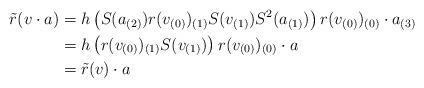
LaTeX: \begin{align*} \tilde{r}(v \cdot a) & = h\left(S(a_{(2)})r(v_{(0)})_{(1)}S(v_{(1)})S^2(a_{(1)})\right)r(v_{(0)})_{(0)} \cdot a_{(3)} \\& = h\left(r(v_{(0)})_{(1)}S(v_{(1)})\right)r(v_{(0)})_{(0)} \cdot a \\&= \tilde{r}(v) \cdot a\end{align*}